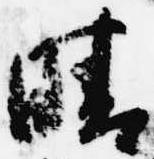
晴